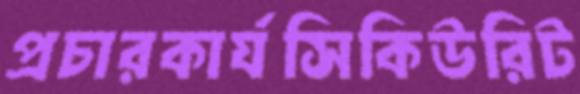
প্রচারকার্যসিকিউরিট